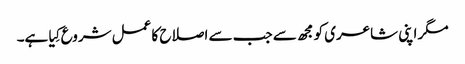
مگر اپنی شاعری کو مجھ سے جب سے اصلاح کا عمل شروع کِیا ہے۔